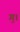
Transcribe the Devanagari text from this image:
ग॒।